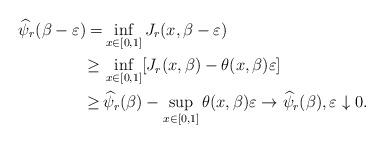
LaTeX: \begin{align*}\widehat\psi_r(\beta-\varepsilon) =& \inf_{x\in[0,1]}J_r(x,\beta-\varepsilon)\\\geq\,& \inf_{x\in[0,1]}[J_r(x,\beta)-\theta(x,\beta)\varepsilon]\\\geq\,& \widehat\psi_r(\beta)-\sup_{x\in[0,1]}\theta(x,\beta)\varepsilon\rightarrow\widehat\psi_r(\beta), \varepsilon\downarrow 0.\end{align*}